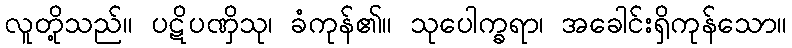
လူတို့သည်။ ပဋိပဏှိသု၊ ခံကုန်၏။ သုပေါက္ခရာ၊ အခေါင်းရှိကုန်သော။